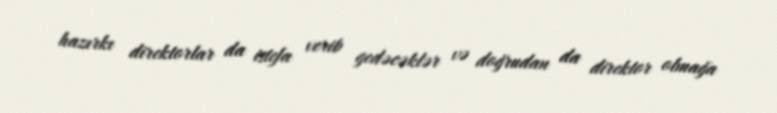
hazırkı direktorlar da istefa verib gedəcəklər və doğrudan da direktor olmağa